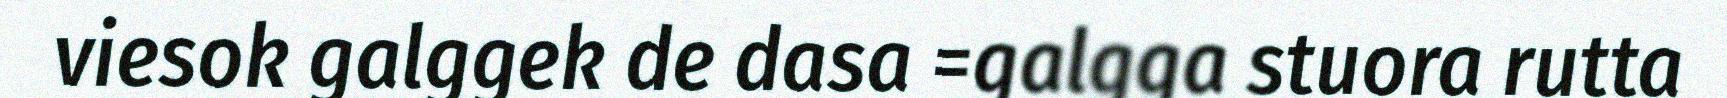
viesok galggek de dasa =galgga stuora rutta